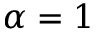
\alpha = 1